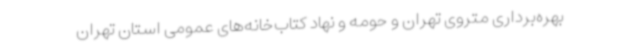
بهره‌برداری متروی تهران و حومه و نهاد کتاب‌خانه‌های عمومی استان تهران